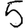
Digit: 5